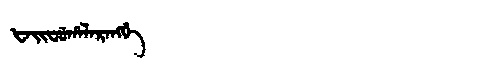
Manchu: ᡶᠠᡳᠸᡠᡥᠠᠯᠠᡵᠠᠩᡤᡝ
Romanization: FAIFUHALARANGGE